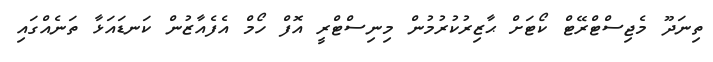
ތިނަދޫ މެޖިސްޓްރޭޓް ކޯޓަށް ޙާޒިރުކުރުމުން މިނިސްޓްރީ އޮފް ހޯމް އެފެއާޒުން ކަނޑައަޅާ ތަނެއްގައި